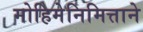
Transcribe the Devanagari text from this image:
मोहिमेनिमित्ताने